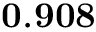
\mathbf { 0 . 9 0 8 }